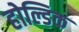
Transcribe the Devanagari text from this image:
होल्डिक